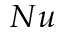
N u